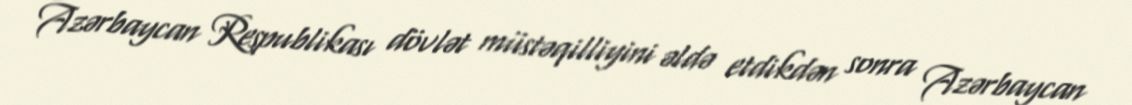
Azərbaycan Respublikası dövlət müstəqilliyini əldə etdikdən sonra Azərbaycan